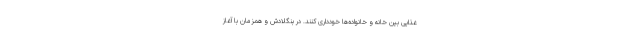
غذایی بین خانه و خانواده‌ها خودداری کنند. در بنگلادش و همزمان با آغاز